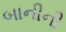
બાનીની